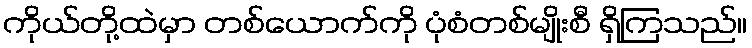
ကိုယ်တို့ထဲမှာ တစ်ယောက်ကို ပုံစံတစ်မျိုးစီ ရှိကြသည်။